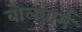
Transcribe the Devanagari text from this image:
बोलवोर्म